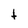
Character: t